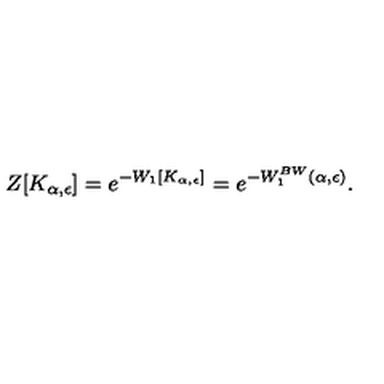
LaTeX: Z [ K _ { \alpha , \epsilon } ] = e ^ { - W _ { 1 } [ K _ { \alpha , \epsilon } ] } = e ^ { - W _ { 1 } ^ { B W } ( \alpha , \epsilon ) } .